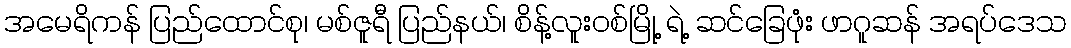
အမေရိကန် ပြည်ထောင်စု၊ မစ်ဇူရီ ပြည်နယ်၊ စိန့်လူးဝစ်မြို့ ရဲ့ ဆင်ခြေဖုံး ဖာဂူဆန် အရပ်ဒေသ